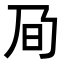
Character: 𪜌